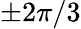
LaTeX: \pm 2\pi/3